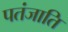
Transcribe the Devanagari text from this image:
पतंजाति